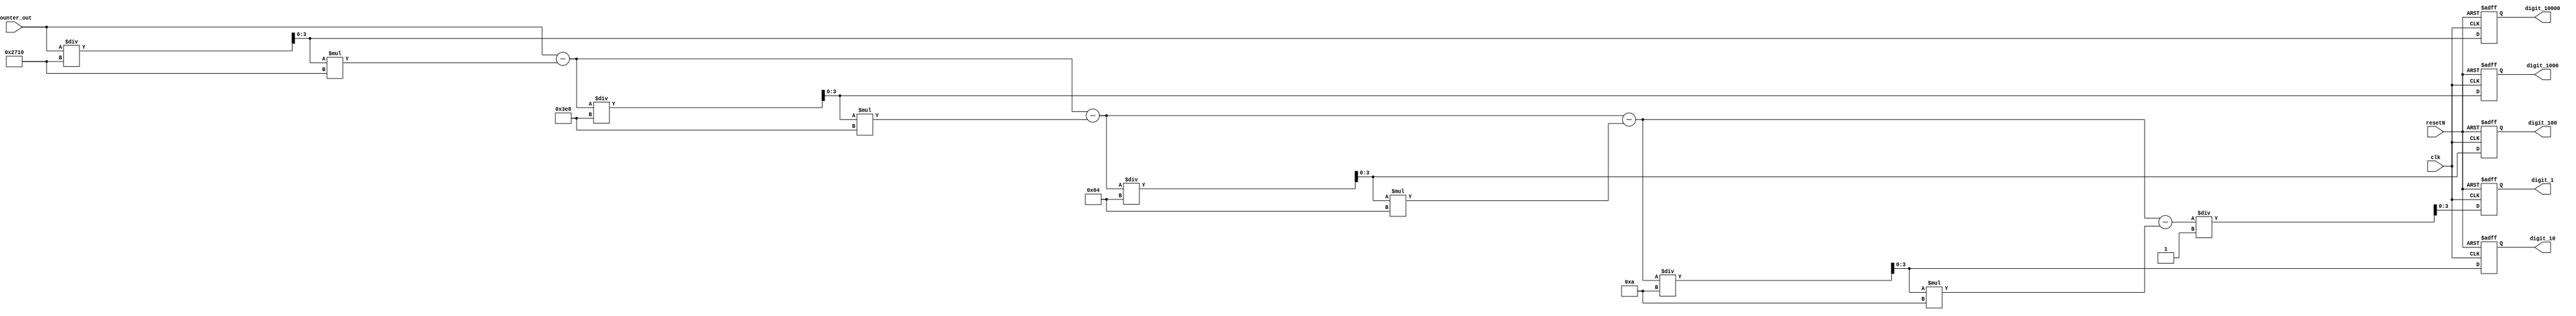
module h2d (input clk, input resetN, input [31:0] counter_out, 
output reg [3:0] digit_10000,
output reg [3:0] digit_1000,
output reg [3:0] digit_100,
output reg [3:0] digit_10,
output reg [3:0] digit_1
);

	always @(posedge clk or negedge resetN) begin
	if (!resetN) begin
		digit_10000<=0;
		digit_1000<=0;
		digit_100<=0;
		digit_10<=0;
		digit_1<=0;
	
	end 
	else begin
		digit_10000 = counter_out/10000;
		digit_1000= (counter_out-digit_10000*10000)/1000;
		digit_100= (counter_out-digit_10000*10000-digit_1000*1000)/100;
		digit_10= (counter_out-digit_10000*10000-digit_1000*1000-digit_100*100)/10;
		digit_1= (counter_out-digit_10000*10000-digit_1000*1000-digit_100*100-digit_10*10)/1;
	end
	end
	
endmodule